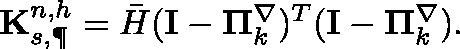
\begin{array} { r } { \mathbf { K } _ { s , \P } ^ { n , h } = \bar { H } ( \mathbf { I } - \mathbf { \Pi } _ { k } ^ { \nabla } ) ^ { T } ( \mathbf { I } - \mathbf { \Pi } _ { k } ^ { \nabla } ) . } \end{array}